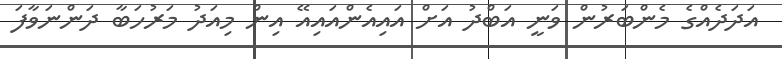
އަދަދެއްގެ މެންބަރުން ވަނީ އަބްދު އަށް އައިއެންއައިއޭ އިން މިއަދު މަރުހަބާ ދަންނަވާފަ